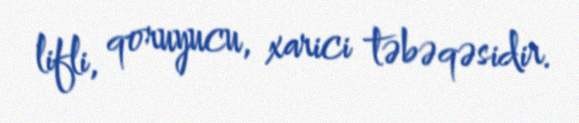
lifli, qoruyucu, xarici təbəqəsidir.